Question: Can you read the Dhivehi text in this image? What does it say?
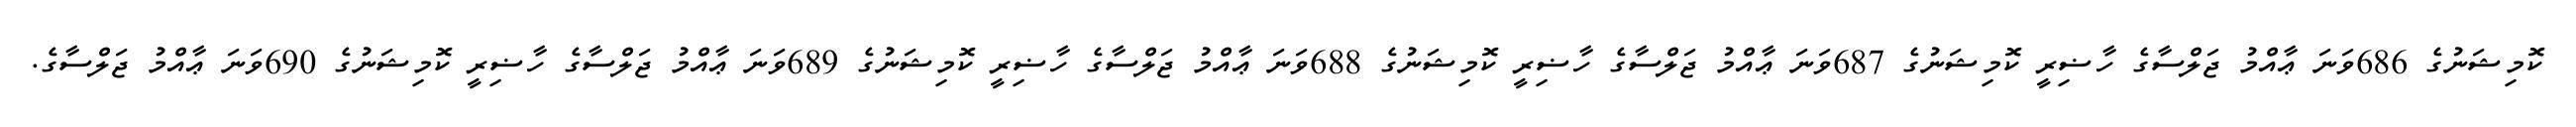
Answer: ކޮމިޝަނުގެ 686ވަނަ ޢާއްމު ޖަލްސާގެ ހާޟިރީ ކޮމިޝަނުގެ 687ވަނަ ޢާއްމު ޖަލްސާގެ ހާޟިރީ ކޮމިޝަނުގެ 688ވަނަ ޢާއްމު ޖަލްސާގެ ހާޟިރީ ކޮމިޝަނުގެ 689ވަނަ ޢާއްމު ޖަލްސާގެ ހާޟިރީ ކޮމިޝަނުގެ 690ވަނަ ޢާއްމު ޖަލްސާގެ.